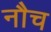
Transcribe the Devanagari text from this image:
नौच